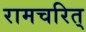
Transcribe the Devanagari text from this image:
रामचरित्